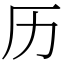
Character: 历